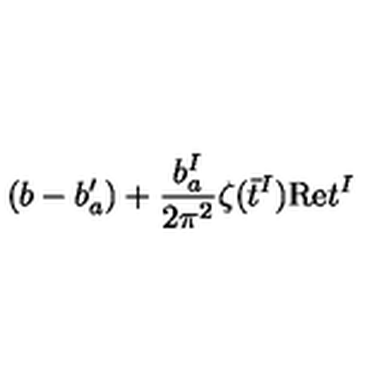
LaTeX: ( b - b _ { a } ^ { \prime } ) + { \frac { b _ { a } ^ { I } } { 2 \pi ^ { 2 } } } \zeta ( \bar { t } ^ { I } ) \mathrm { R e } t ^ { I }